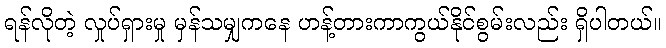
ရန်လိုတဲ့ လှုပ်ရှားမှု မှန်သမျှကနေ ဟန့်တားကာကွယ်နိုင်စွမ်းလည်း ရှိပါတယ်။